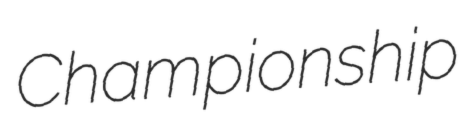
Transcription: Championship